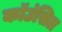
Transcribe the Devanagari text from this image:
कॉउंसिल